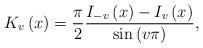
LaTeX: \begin{align*}K_{v}\left( x\right) =\frac{\pi }{2}\frac{I_{-v}\left( x\right) -I_{v}\left(x\right) }{\sin \left( v\pi \right) }, \end{align*}